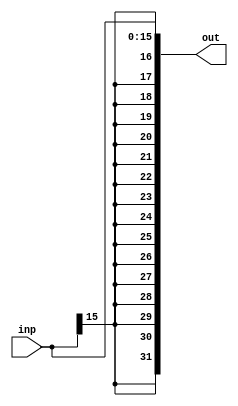
`timescale 1ns / 1ps
//////////////////////////////////////////////////////////////////////////////////
// Company: 
// Engineer: 
// 
// Design Name: 
// Module Name:    SignExtend 
// Project Name: 
// Target Devices: 
// Tool versions: 
// Description: 
//
// Dependencies: 
//
// Revision: 
// Revision 0.01 - File Created
// Additional Comments: 
//
//////////////////////////////////////////////////////////////////////////////////
module SignExtend(
    input [15:0] inp,
	 output [31:0] out
    );
	 
	 assign out = {{16{inp[15]}}, inp};
endmodule